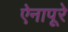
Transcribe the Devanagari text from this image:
ऐनापूरे